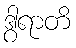
ဒွါရာတိ